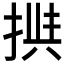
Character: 𱠎